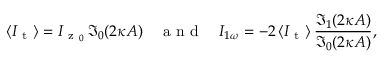
\langle I _ { \mathrm { ~ t ~ } } \rangle = I _ { \mathrm { ~ z ~ } _ { 0 } } \, \mathfrak { I } _ { 0 } ( 2 \kappa A ) \quad \mathrm { ~ a ~ n ~ d ~ } \quad I _ { 1 \omega } = - 2 \, \langle I _ { \mathrm { ~ t ~ } } \rangle \, \frac { \mathfrak { I } _ { 1 } ( 2 \kappa A ) } { \mathfrak { I } _ { 0 } ( 2 \kappa A ) } ,